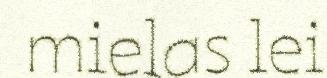
mielas lei